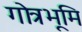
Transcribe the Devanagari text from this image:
गोत्रभूमि